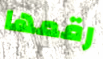
رقمها